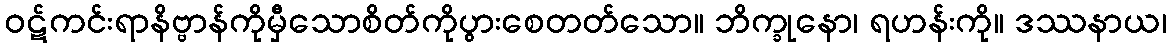
ဝဋ်ကင်းရာနိဗ္ဗာန်ကိုမှီသောစိတ်ကိုပွားစေတတ်သော။ ဘိက္ခုနော၊ ရဟန်းကို။ ဒဿနာယ၊